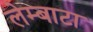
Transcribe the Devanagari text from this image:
लेम्बाटा